Scottish Leaving Certificate Examination, 1960
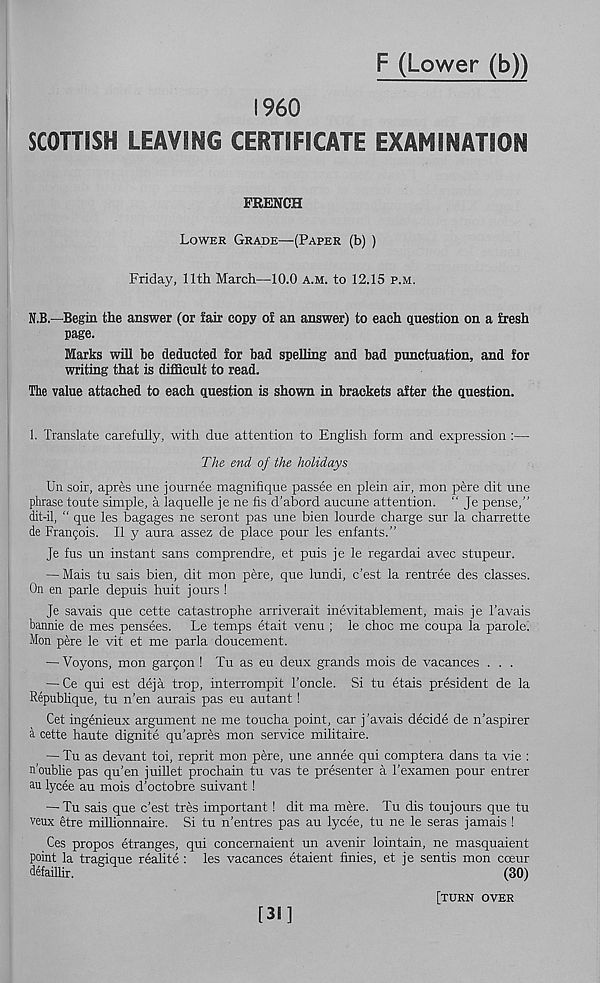
F (Lower (b))
I960
SCOTTISH LEAVING CERTIFICATE EXAMINATION
FRENCH
Lower Grade—(Paper (b) )
Friday, 11th March—10.0 a.m. to 12.15 p.m.
N.B.—Begin the answer (or fair copy of an answer) to each question on a fresh
page.
Marks will he deducted for bad spelling and bad punctuation, and for
writing that is difficult to read.
The value attached to each question is shown in brackets after the question.
1. Translate carefully, with due attention to English form and expression :—
The end of the holidays
Un soir, apres une journee magnifique passee en plein air, mon pere dit une
phrase toute simple, a laquelle je ne fis d’abord aucune attention. “ Je pense,”
dit-il, “ que les bagages ne seront pas une bien lourde charge sur la charrette
de Francois. II y aura assez de place pour les enfants.”
Je fus un instant sans comprendre, et puis je le regardai avec stupeur.
— Mais tu sais bien, dit mon pere, que lundi, c’est la rentree des classes.
On en parle depuis huit jours !
Je savais que cette catastrophe arriverait inevitablement, mais je Tavais
bannie de mes pensees. Le temps etait venu ; le choc me coupa la parole!
Mon pere le vit et me parla doucement.
— Voyons, mon gargon ! Tu as eu deux grands mois de vacances . . .
— Ce qui est deja trop, interrompit Toncle. Si tu etais president de la
Republique, tu n’en aurais pas eu autant!
Get ingenieux argument ne me toucha point, car j'avals decide de n’aspirer
a cette haute dignite qu’apres mon service militaire.
— Tu as devant toi, reprit mon pere, une annee qui comptera dans ta vie :
n’oublie pas qu’en juillet prochain tu vas te presenter a Texamen pour entrer
au lycee au mois d’octobre suivant !
— Tu sais que c’est tres important 1 dit ma mere. Tu dis toujours que tu
veux etre millionnaire. Si tu n’entres pas au lycee, tu ne le seras jamais !
Ces propos etranges, qui concernaient un avenir lointain, ne masquaient
point la tragique realite : les vacances etaient finies, et je sentis mon cceur
defaillir.
(30)
[turn over
[31]